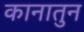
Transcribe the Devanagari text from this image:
कानातुन